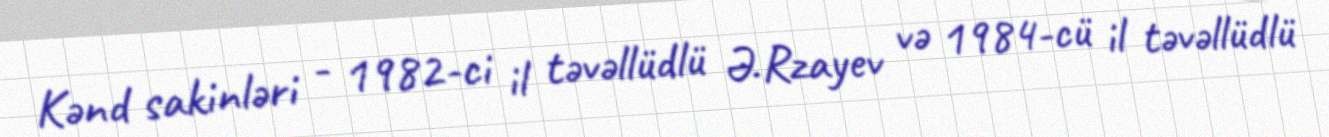
Kənd sakinləri - 1982-ci il təvəllüdlü Ə.Rzayev və 1984-cü il təvəllüdlü